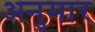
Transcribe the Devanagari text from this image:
अनुमार